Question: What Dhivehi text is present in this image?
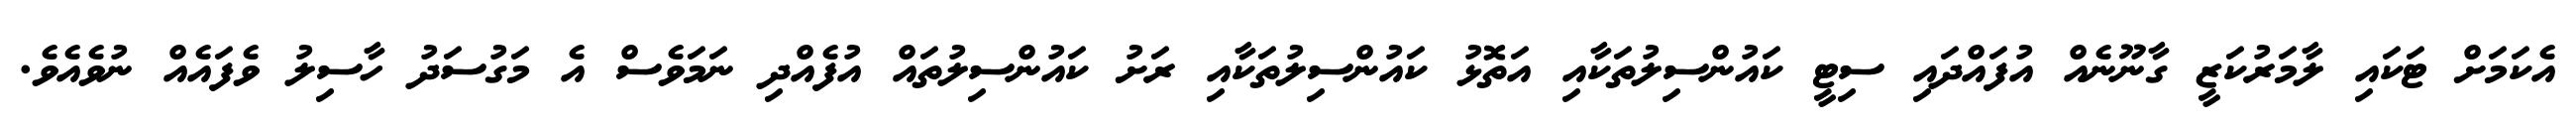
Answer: އެކަމަށް ޓަކައި ލާމަރުކަޒީ ގާނޫނެއް އުފައްދައި ސިޓީ ކައުންސިލުތަކާއި އަތޮޅު ކައުންސިލުތަކާއި ރަށު ކައުންސިލުތައް އުފެއްދި ނަމަވެސް އެ މަގުސަދު ހާސިލު ވެފައެއް ނުވެއެވެ.